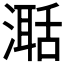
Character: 𣽅